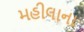
મહીલાના